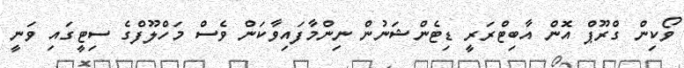
ވޯކިން ގްރޫޕް އޮން އާބިޓްރަރީ ޑިޓެންޝަނުން ނިންމާފައިވާކަން ވެެސް މަހްލޫފްގެ ސިޓީގައި ވަނީ